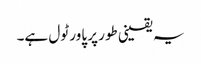
یہ یقینی طور پر پاور ٹول ہے۔